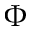
\Phi